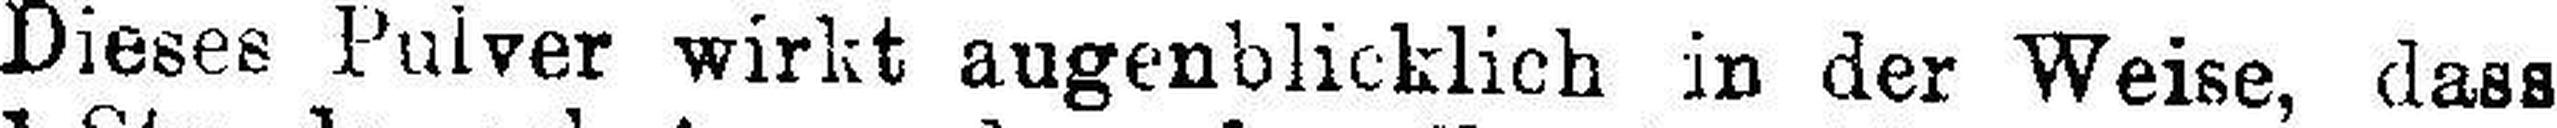
Dieses Pulver wirkt augenblicklich in der Weise, dass